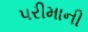
પરીમાની